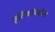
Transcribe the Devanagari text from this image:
श्रुतिकांमधील